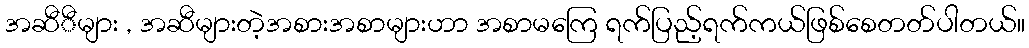
အဆီီများ , အဆီများတဲ့အစားအစာများဟာ အစာမကြေ ရက်ပြည့်ရက်ကယ်ဖြစ်စေတတ်ပါတယ်။